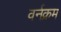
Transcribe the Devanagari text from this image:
वर्नक्रम